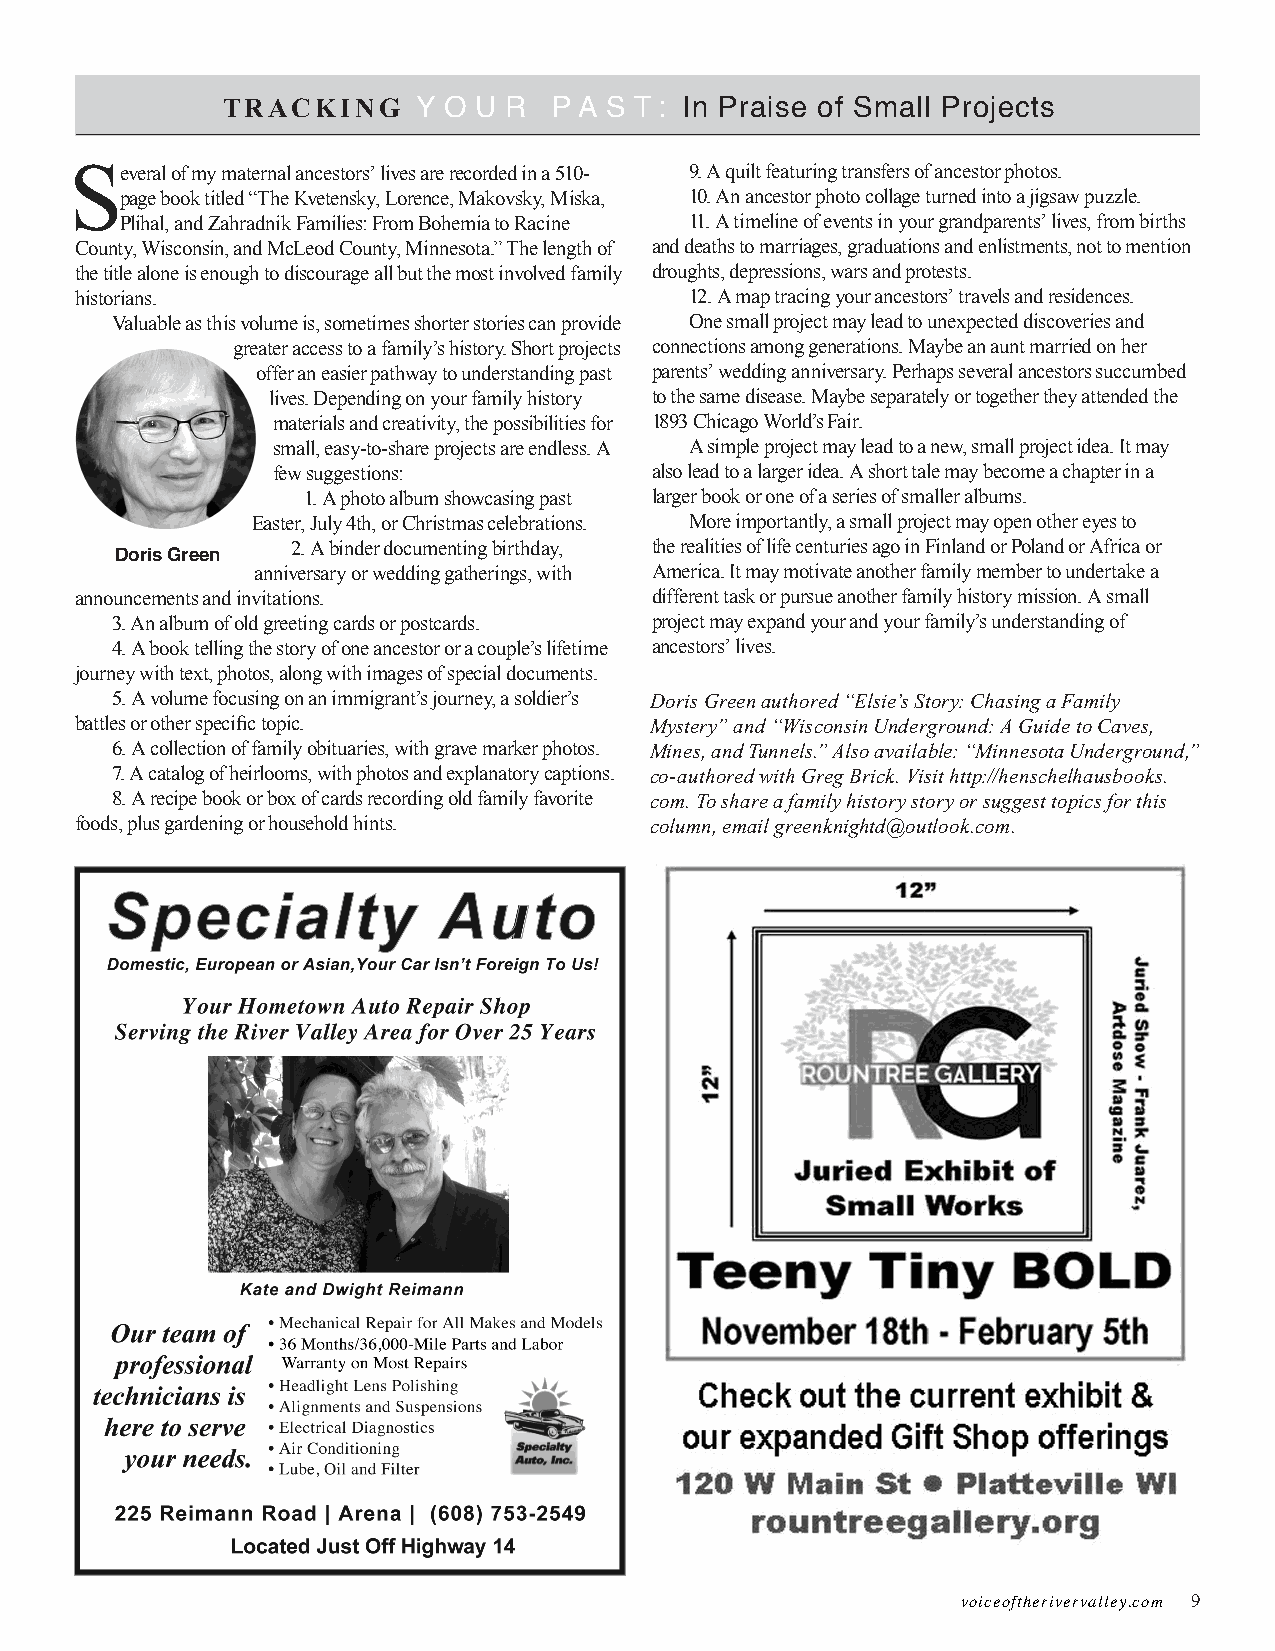
TRACKING     Y O U R  P A S T: In Praise of Small Projects
 Several of my maternal ancestors’ lives are recorded in a 510- 9. A quilt featuring transfers of ancestor photos.
 page book titled “The Kvetensky, Lorence, Makovsky, Miska, 10. An ancestor photo collage turned into a jigsaw puzzle.
 Plihal, and Zahradnik Families: From Bohemia to Racine 11. A timeline of events in your grandparents’ lives, from births
 County, Wisconsin, and McLeod County, Minnesota.” The length of and deaths to marriages, graduations and enlistments, not to mention
 the title alone is enough to discourage all but the most involved family droughts, depressions, wars and protests.
 historians.                              12. A map tracing your ancestors’ travels and residences.
 Valuable as this volume is, sometimes shorter stories can provide One small project may lead to unexpected discoveries and
 greater access to a family’s history. Short projects connections among generations. Maybe an aunt married on her
 offer an easier pathway to understanding past parents’ wedding anniversary. Perhaps several ancestors succumbed
 lives. Depending on your family history to the same disease. Maybe separately or together they attended the
 materials and creativity, the possibilities for 1893 Chicago World’s Fair.
 small, easy-to-share projects are endless. A A simple project may lead to a new, small project idea. It may
 few suggestions:         also lead to a larger idea. A short tale may become a chapter in a
 1. A photo album showcasing past larger book or one of a series of smaller albums.
 Easter, July 4th, or Christmas celebrations. More importantly, a small project may open other eyes to
 2. A binder documenting birthday, the realities of life centuries ago in Finland or Poland or Africa or
 Doris Green
 anniversary or wedding gatherings, with America. It may motivate another family member to undertake a
 announcements and invitations.        different task or pursue another family history mission. A small
 3. An album of old greeting cards or postcards. project may expand your and your family’s understanding of
 4. A book telling the story of one ancestor or a couple’s lifetime ancestors’ lives.
 journey with text, photos, along with images of special documents.
 5. A volume focusing on an immigrant’s journey, a soldier’s Doris Green authored “Elsie’s Story: Chasing a Family
 battles or other specific topic.      Mystery” and “Wisconsin Underground: A Guide to Caves,
 6. A collection of family obituaries, with grave marker photos. Mines, and Tunnels.” Also available: “Minnesota Underground,”
 7. A catalog of heirlooms, with photos and explanatory captions. co-authored with Greg Brick. Visit http://henschelhausbooks.
 8. A recipe book or box of cards recording old family favorite com. To share a family history story or suggest topics for this
 foods, plus gardening or household hints. column, email greenknightd@outlook.com.
 voiceoftherivervalley.com 9